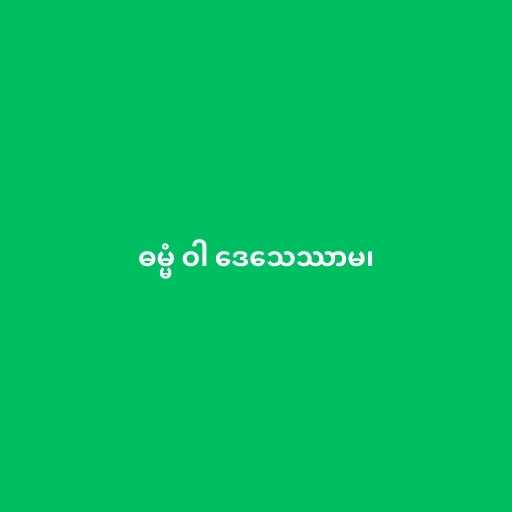
ဓမ္မံ ဝါ ဒေသေဿာမ၊